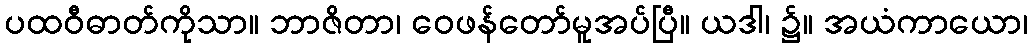
ပထဝီဓာတ်ကိုသာ။ ဘာဇိတာ၊ ဝေဖန်တော်မူအပ်ပြီ။ ယဒါ၊ ၌။ အယံကာယော၊